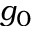
g _ { 0 }